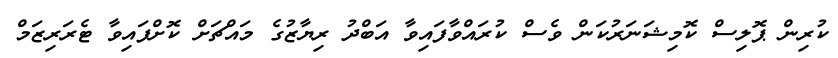
ކުރިން ޕޮލިސް ކޮމިޝަނަރުކަން ވެސް ކުރައްވާފައިވާ އަބްދު ރިޔާޒުގެ މައްޗަށް ކޮށްފައިވާ ޓެރަރިޒަމް